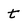
Character: t